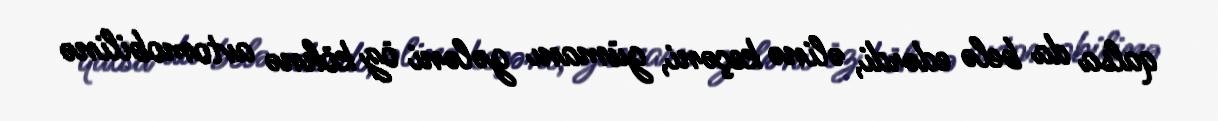
qalsa da belə edərdi, əlinə keçəni, gümanı gələni öz köhnə avtomobilinə